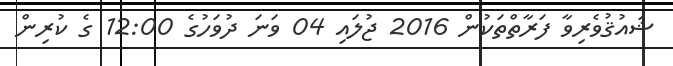
ޝައުޤުވެރިވާ ފަރާތްތަކުން 2016 ޖުލައި 04 ވަނަ ދުވަހުގެ 12:00 ގެ ކުރިން